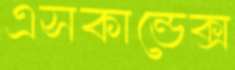
এসকান্ডেক্স